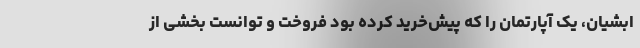
ابشیان، یک آپارتمان را که پیش‌خرید کرده بود فروخت و توانست بخشی از